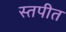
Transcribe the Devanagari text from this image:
स्तपीत